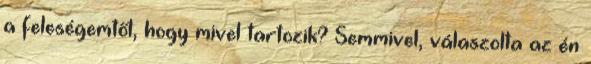
a feleségemtől, hogy mivel tartozik? Semmivel, válaszolta az én